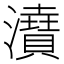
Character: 𤃋